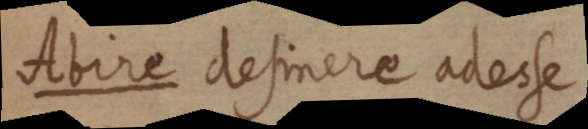
olbire desinere aderse